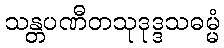
သန္တပဏီတသုဒုဒ္ဒသဓမ္မံ